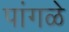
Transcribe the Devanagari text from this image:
पांगळे